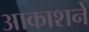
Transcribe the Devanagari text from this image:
आकाशने